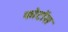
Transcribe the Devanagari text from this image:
फोटोंस